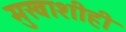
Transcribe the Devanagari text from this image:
मुखाशीही